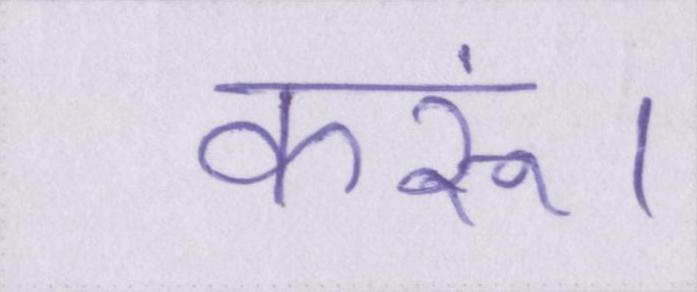
करूं।